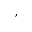
,